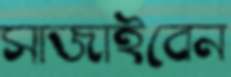
সাজাইবেন